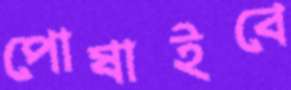
পোষাইবে